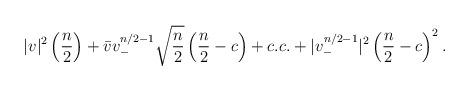
LaTeX: \begin{align*}|v|^2 \left( {n\over 2}\right) + \bar{v} v_-^{n/2-1} \sqrt{{n\over 2}}\left({n\over 2} - c\right) +c.c. + |v_-^{n/2-1}|^2 \left({n\over 2} - c\right)^2.\end{align*}